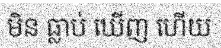
មិន ធ្លាប់ ឃើញ ហើយ